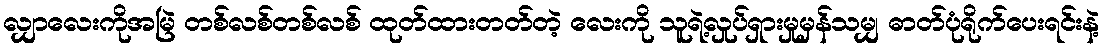
လျှာလေးကိုအမြဲ တစ်လစ်တစ်လစ် ထုတ်ထားတတ်တဲ့ လေးကို သူရဲ့လှုပ်ရှားမှုမှန်သမျှ ဓာတ်ပုံရိုက်ပေးရင်းနဲ့